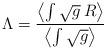
LaTeX: \begin{align*}\Lambda = \frac{\left< \int \sqrt{g} \, R \right>} {\left< \int \sqrt{g} \right>}\end{align*}